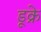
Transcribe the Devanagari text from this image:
डूक्रे